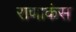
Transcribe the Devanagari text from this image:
राणाकंस